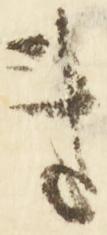
き